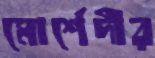
মোর্শেদীর